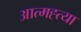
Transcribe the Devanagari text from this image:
आत्‍मह्त्‍या